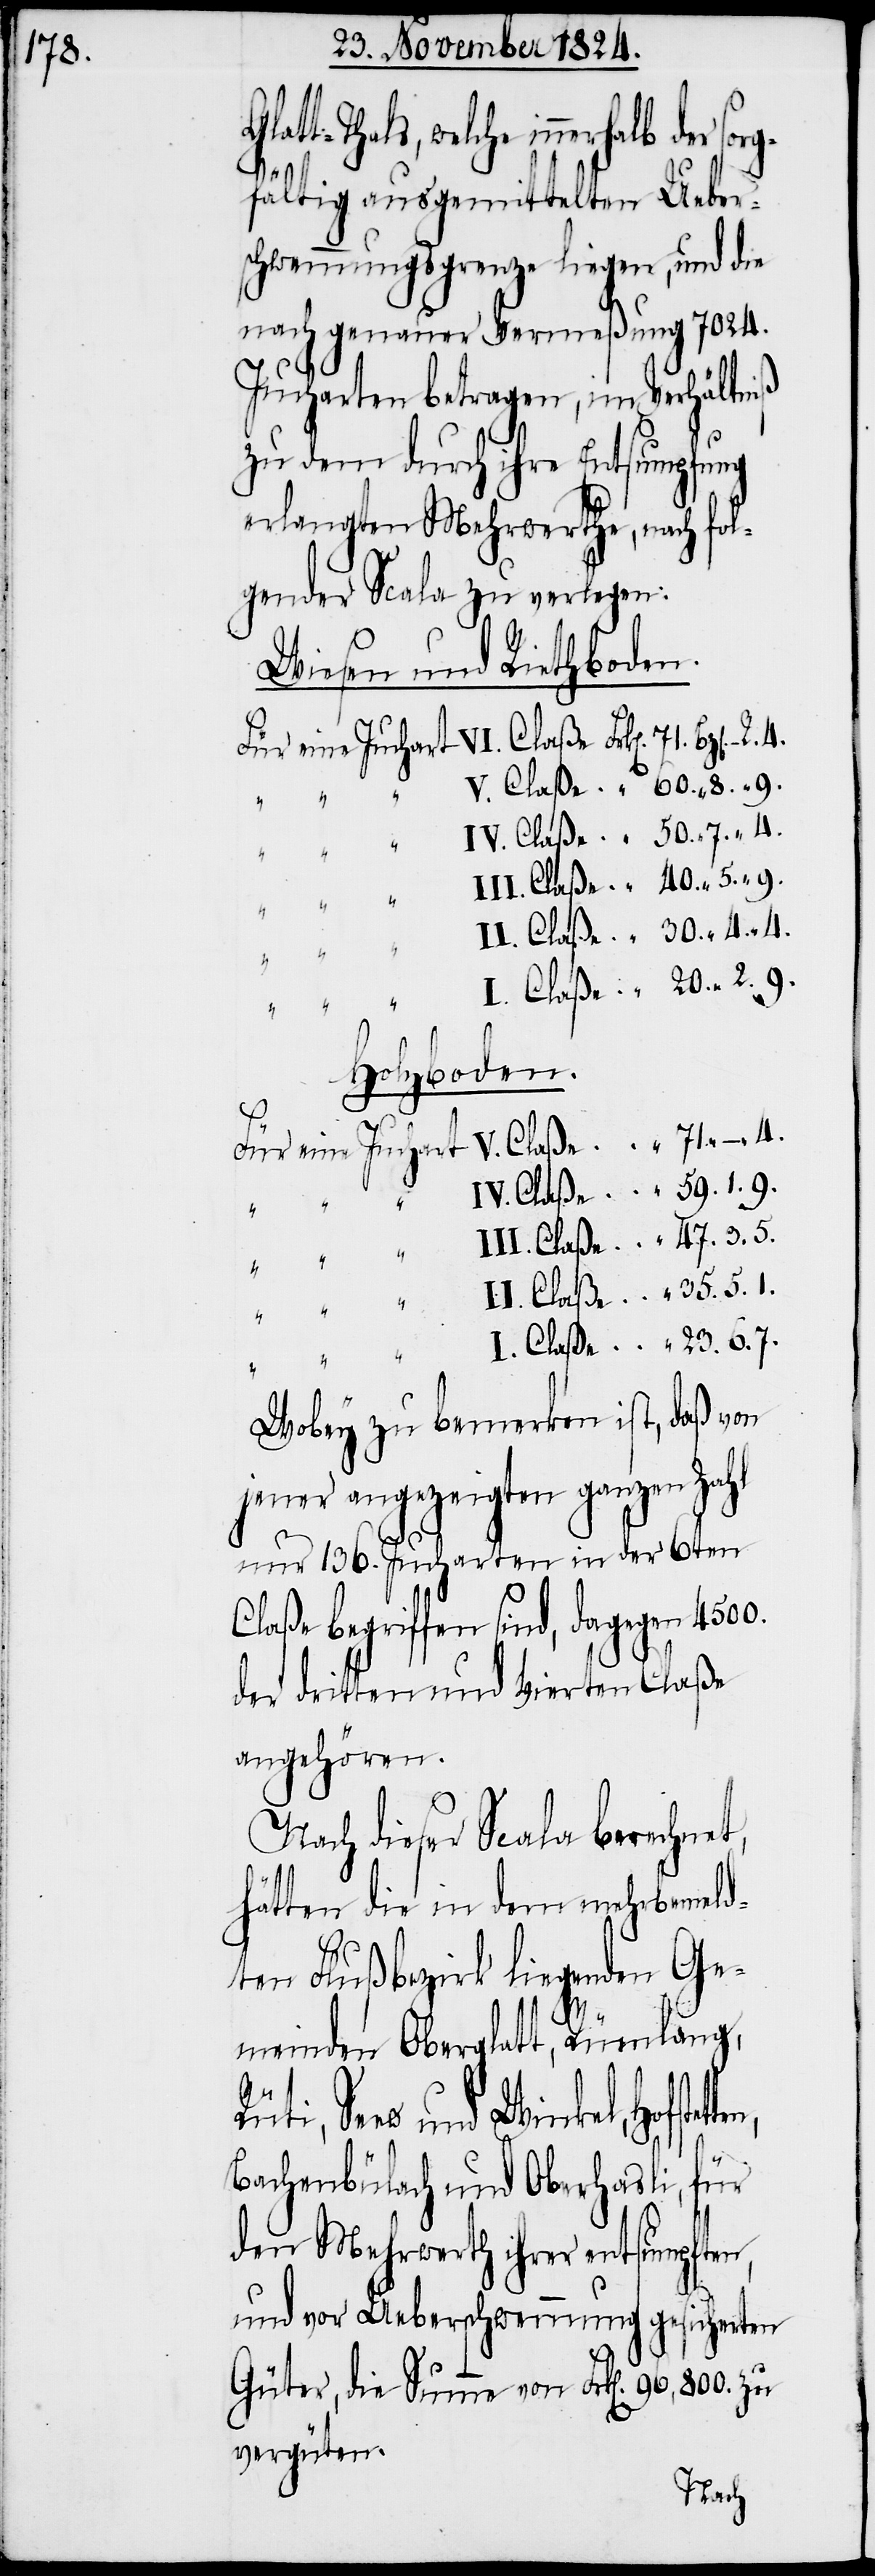
att-Thals, welche innerhalb
gfältig ausgemittelten Ueber¬
schwemmungsgrenze liegen, und die
nach genauer Vermeßung 7024.
Jucharten betragen, im Verhältniß
zu dem durch ihre Entsumpfung
erlangten Mehrwerthe, nach fol¬
gender Scala zu verlegen:
Wiesen und Riethboden.
Für eine Juchart V. Claße 	“ 71.	 “
II. Claße 	“ 35.
II. Claße	 “ 30.	 “
Holzboden.
ten,
5.
“
I.
Wobey zu bemerken ist, daß von
jener angezeigten ganzen Zahl
nur 136. Jucharten in der 6ten
Claße begriffen sind, dagegen 4500.
der dritten und Vierten Claße
angehören.
Nach dieser Scala berechnet,
hätten die in dem mehrbemeld¬
ten Flußbezirk liegenden Ge¬
meinden Oberglatt, Rümlang,
Seew und Winkel, Hofstet¬
Bachenbülach und Oberhasli, für
den Mehrwerth ihrer entsumpften
und vor Ueberschwemmung gesicherten
Güter, die Summe von Frk[en]. 96,800. zu
vergüten.